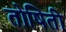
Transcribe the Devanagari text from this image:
तोषिती